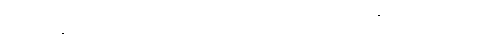
ဒုတိယော၊ နှစ်ခုတို့၏ ပြည့်ကြောင်းဖြစ်သော။ ဝဂ္ဂေါ၊ ဝဂ်သည်။ နိဋ္ဌိတော၊ ပြီးဆုံးခြင်သို့ ရောက်ပြီ။